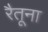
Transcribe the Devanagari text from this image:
रैतूना